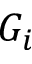
G _ { i }